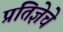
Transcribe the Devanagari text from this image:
प्रतिज्ञेचे